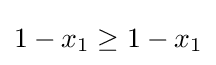
1-x_{1}\geq 1-x_{1}